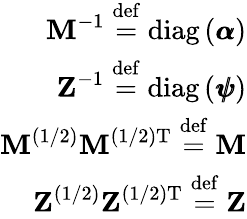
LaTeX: \begin{array}{r}{\textbf{M}^{-1}\stackrel{\mathrm{def}}{=}\mathrm{diag}\left(\pmb{\alpha}\right)}\\ {\textbf{Z}^{-1}\stackrel{\mathrm{def}}{=}\mathrm{diag}\left(\pmb{\psi}\right)}\\ {\textbf{M}^{(1/2)}\textbf{M}^{(1/2)\mathrm{T}}\stackrel{\mathrm{def}}{=}\textbf{M}}\\ {\textbf{Z}^{(1/2)}\textbf{Z}^{(1/2)\mathrm{T}}\stackrel{\mathrm{def}}{=}\textbf{Z}}\end{array}